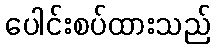
ပေါင်းစပ်ထားသည်